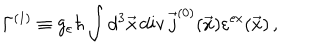
\Gamma ^ { ( 1 ) } \equiv g _ { \varepsilon } \hbar \int d ^ { 3 } \vec { x } \, \mathrm { d i v } \, \vec { j } ^ { ( 0 ) } ( \vec { x } ) \varepsilon ^ { \mathrm { e x } } ( \vec { x } ) \, ,